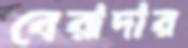
বেরাদার